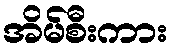
အိမ်စီးကား